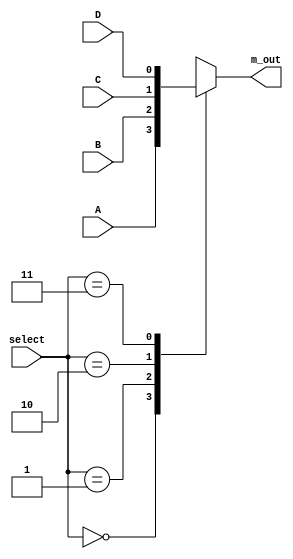
module mux_4_x_1_beh(input A,B,C,D, input [0:1] select, output m_out);
    always @(A,B,C,D,select) begin
        case(select) 
            2'b00: m_out = A;//could it be m_out <= A;   ??
            2'b01: m_out = B;
            2'b10: m_out = C;
            2'b11: m_out = D;
        endcase
    end
endmodule